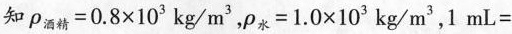
知$$ρ_{酒精}=0.8×10^{3}kg/m^{3}$$，$$ρ_{水}=1.0×10^{3}kg/m^{3}$$，1mL=